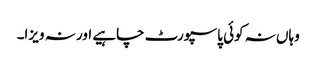
وہاں نہ کوئی پاسپورٹ چاہیے اور نہ ویزا۔